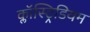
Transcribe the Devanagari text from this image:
क्लॉस्ट्रिडियम